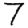
Digit: 7